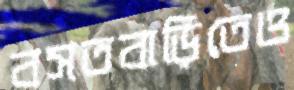
বসতবাড়িতেও